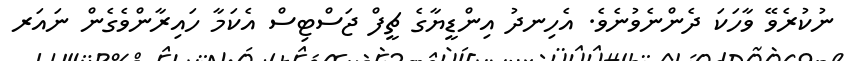
ނުކުރެވޭ ވާހަކަ ދެންނެވުނެވެ. އެހިނދު އިންޑީޔާގެ ޗީފް ޖަސްޓިސް އެކަމާ ހައިރާންވެގެން ނައަރ